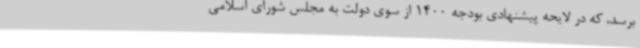
برسد، که در لایحه پیشنهادی بودجه 1400 از سوی دولت به مجلس شورای اسلامی